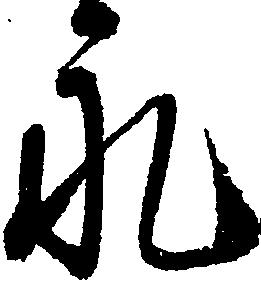
永